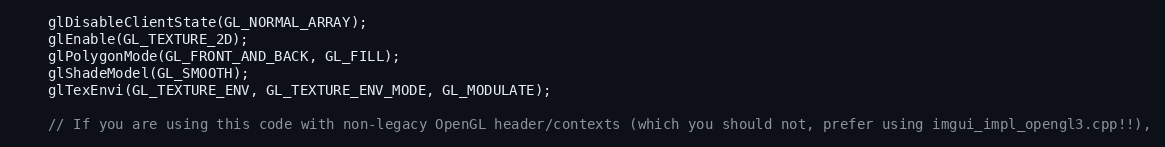
Language: C++
    glDisableClientState(GL_NORMAL_ARRAY);
    glEnable(GL_TEXTURE_2D);
    glPolygonMode(GL_FRONT_AND_BACK, GL_FILL);
    glShadeModel(GL_SMOOTH);
    glTexEnvi(GL_TEXTURE_ENV, GL_TEXTURE_ENV_MODE, GL_MODULATE);

    // If you are using this code with non-legacy OpenGL header/contexts (which you should not, prefer using imgui_impl_opengl3.cpp!!),